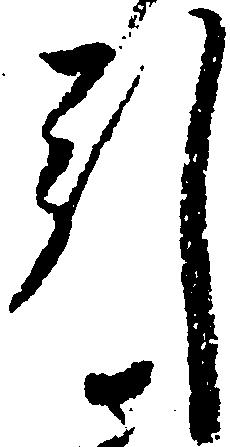
引